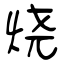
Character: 烧